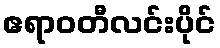
ဧရာဝတီလင်းပိုင်